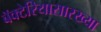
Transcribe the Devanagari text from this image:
बॅक्टेरियासारख्या